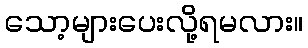
သော့များပေးလို့ရမလား။